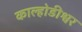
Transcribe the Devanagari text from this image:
काल्होडीश्वर